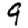
Digit: 9